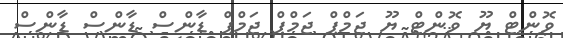
ވޮންޓް ޔޫ ވޮންޓް ޔޫ ޖަމްޕް ޖަމްޕް ޖަމްޕް ޑާންސް ޑާންސް ޑާންސް